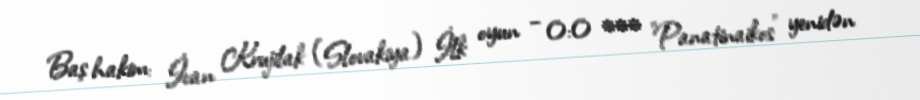
Baş hakim: İvan Krujilak (Slovakiya) İlk oyun – 0:0 *** "Panatinaikos" yenidən